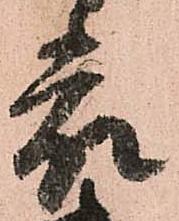
表